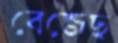
বেজেছ